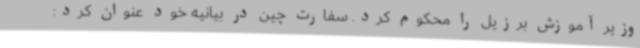
وزیر آموزش برزیل را محکوم کرد. سفارت چین در بیانیه خود عنوان کرد: